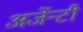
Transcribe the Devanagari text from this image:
अर्जेन्टी